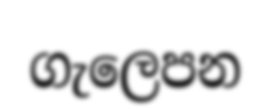
ගැලෙපන